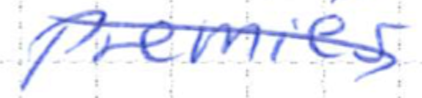
Text: Premier
Cross-out: diagonal
Writing tool: ballpoint